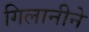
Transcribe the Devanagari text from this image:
गिलानीने